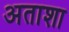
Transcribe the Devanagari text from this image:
अताशा